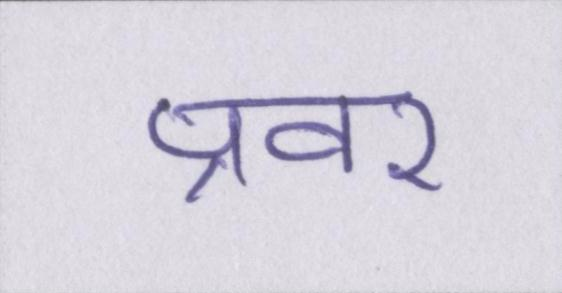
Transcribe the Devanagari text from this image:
प्रवर